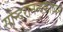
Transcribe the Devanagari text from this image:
सौन्दरानन्दकाव्यम्